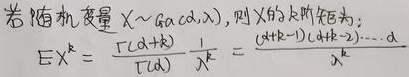
若随机变量 \(X\sim Ga(\alpha,\lambda)\)，则 \(X\) 的 \(k\) 阶矩为：
\[
EX^{k}=\frac{\Gamma(\alpha + k)}{\Gamma(\alpha)}\frac{1}{\lambda^{k}}=\frac{(\alpha + k - 1)(\alpha + k - 2)\cdots\alpha}{\lambda^{k}}
\]